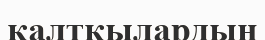
қалтқылардың